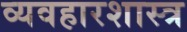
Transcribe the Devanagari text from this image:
व्यवहारशास्त्र